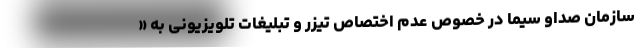
سازمان صداو سیما در خصوص عدم اختصاص تیزر و تبلیغات تلویزیونی به «